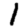
Digit: 1